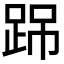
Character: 𨀽